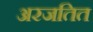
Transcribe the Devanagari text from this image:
अरजतित